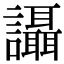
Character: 讘